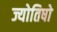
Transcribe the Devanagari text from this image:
ज्योतिषो